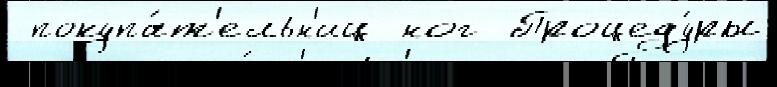
 покупа́т'ельн'иц ног Процеду́ры